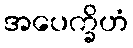
အပေက္ခိဟံ